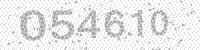
Solution: 054610